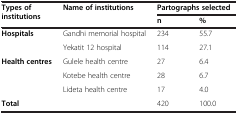
| Types of institutions | Name of institutions | <COLSPAN=2> Partographs selected |
 |  |  | n | % |
 | --- | --- | --- | --- |
 | <ROWSPAN=2> Hospitals | Gandhi memorial hospital | 234 | 55.7 |
 | Yekatit 12 hospital | 114 | 27.1 |
 | <ROWSPAN=3> Health centres | Gulele health centre | 27 | 6.4 |
 | Kotebe health centre | 28 | 6.7 |
 | Lideta health centre | 17 | 4.0 |
 | <COLSPAN=2> Total | 420 | 100.0 |